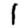
Digit: 1